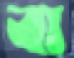
বা